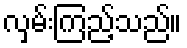
လှမ်းကြည့်သည်။